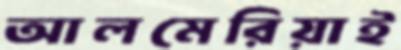
আলমেরিয়াই